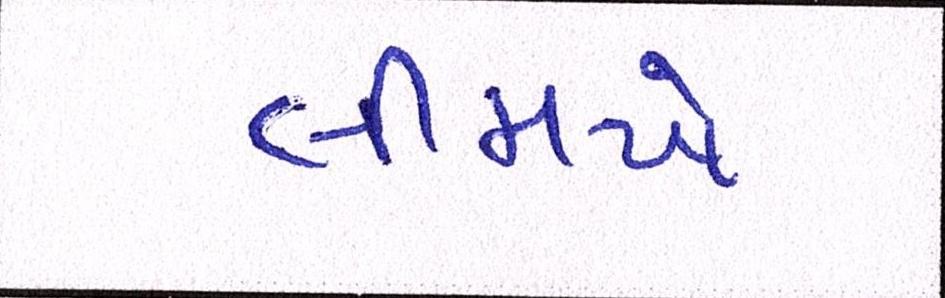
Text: લીમખેડા